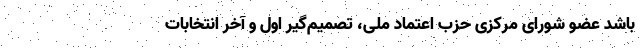
باشد عضو شورای مرکزی حزب اعتماد ملی، تصمیم‌گیر اول و آخر انتخابات